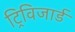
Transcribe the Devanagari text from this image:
ट्रिविजार्ड